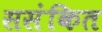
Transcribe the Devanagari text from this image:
ससंकित